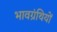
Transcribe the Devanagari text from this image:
भावग्रंथियों